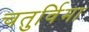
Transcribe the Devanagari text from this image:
चतुर्विमा